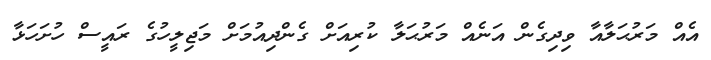
އެއް މަރުޙަލާއާ ވިދިގެން އަނެއް މަރުޙަލާ ކުރިއަށް ގެންދިއުމަށް މަޖިލީހުގެ ރައީސް ހުށަހަޅާ